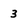
Character: 3